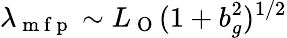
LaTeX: \lambda_{\mathrm{~m~f~p~}}\sim L_{\mathrm{~O~}}(1+b_{g}^{2})^{1/2}